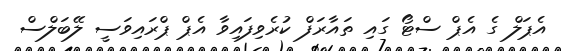
އެޕަލް ގެ އެޕް ސްޓޯ ގައި ތައާރަފް ކުރެވިފައިވާ އެޕް ޕްރައިވަސީ ލޭބަލްސް